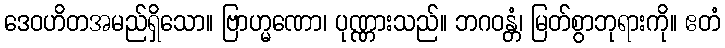
ဒေဝဟိတအမည်ရှိသော။ ဗြာဟ္မဏော၊ ပုဏ္ဏားသည်။ ဘဂဝန္တံ၊ မြတ်စွာဘုရားကို။ ဧတံ